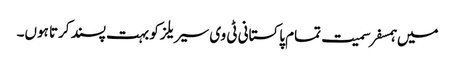
میں ہمسفر سمیت تمام پاکستانی ٹی وی سیریلز کو بہت پسند کرتا ہوں۔